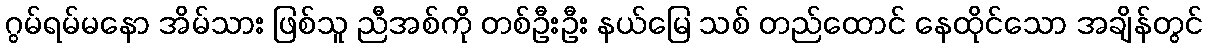
ဂွမ်ရမ်မနော အိမ်သား ဖြစ်သူ ညီအစ်ကို တစ်ဦးဦး နယ်မြေ သစ် တည်ထောင် နေထိုင်သော အချိန်တွင်